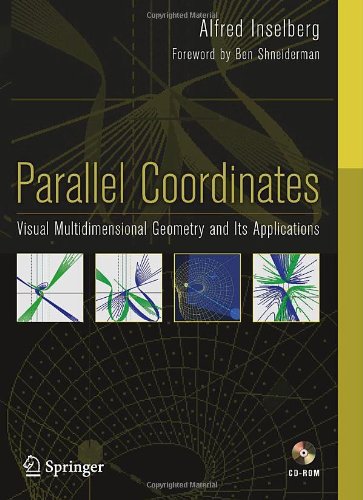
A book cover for Parallel Coordinates: Visual Multidimensional Geometry and Its Applications; Alfred Inselberg; Test Preparation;